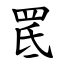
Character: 䍕